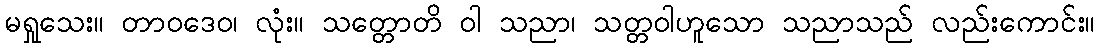
မရှုသေး။ တာဝဒေဝ၊ လုံး။ သတ္တောတိ ဝါ သညာ၊ သတ္တဝါဟူသော သညာသည် လည်းကောင်း။